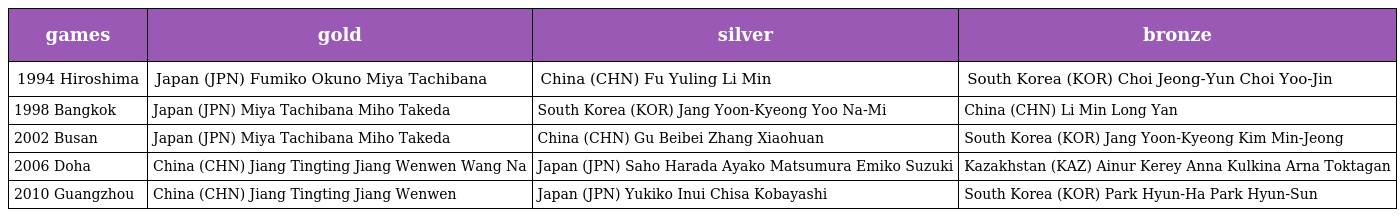
| games | gold | silver | bronze |
 | --- | --- | --- | --- |
 | 1994 Hiroshima | Japan (JPN) Fumiko Okuno Miya Tachibana | China (CHN) Fu Yuling Li Min | South Korea (KOR) Choi Jeong-Yun Choi Yoo-Jin |
 | 1998 Bangkok | Japan (JPN) Miya Tachibana Miho Takeda | South Korea (KOR) Jang Yoon-Kyeong Yoo Na-Mi | China (CHN) Li Min Long Yan |
 | 2002 Busan | Japan (JPN) Miya Tachibana Miho Takeda | China (CHN) Gu Beibei Zhang Xiaohuan | South Korea (KOR) Jang Yoon-Kyeong Kim Min-Jeong |
 | 2006 Doha | China (CHN) Jiang Tingting Jiang Wenwen Wang Na | Japan (JPN) Saho Harada Ayako Matsumura Emiko Suzuki | Kazakhstan (KAZ) Ainur Kerey Anna Kulkina Arna Toktagan |
 | 2010 Guangzhou | China (CHN) Jiang Tingting Jiang Wenwen | Japan (JPN) Yukiko Inui Chisa Kobayashi | South Korea (KOR) Park Hyun-Ha Park Hyun-Sun |